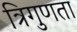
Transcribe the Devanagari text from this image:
त्रिगुणता